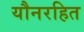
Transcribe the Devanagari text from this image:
यौनरहित